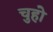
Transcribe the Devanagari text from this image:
चुहो